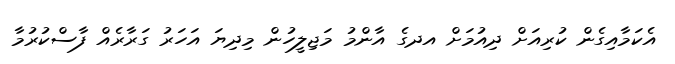
އެކަމާއިގެން ކުރިއަށް ދިއުމަށް އދގެ އާންމު މަޖިލީހުން މިދިޔަ އަހަރު ގަރާރެއް ފާސްކުރުމާ